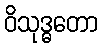
ဝိသုဒ္ဓတော